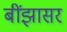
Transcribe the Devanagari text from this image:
बींझासर